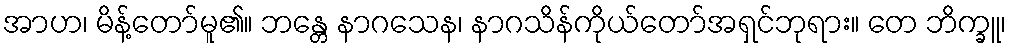
အာဟ၊ မိန့်တော်မူ၏။ ဘန္တေ နာဂသေန၊ နာဂသိန်ကိုယ်တော်အရှင်ဘုရား။ တေ ဘိက္ခူ၊